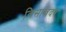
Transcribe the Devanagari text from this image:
विसावदर